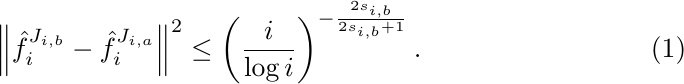
\begin{align}\label{update:lepski}
\left\|\hat f_i^{J_{i,b}} - \hat f_i^{J_{i,a}}\right\|^2 \leq \left(\frac{i}{\log i}\right)^{-\frac{2s_{i,b}}{2s_{i,b}+1}}.
\end{align}